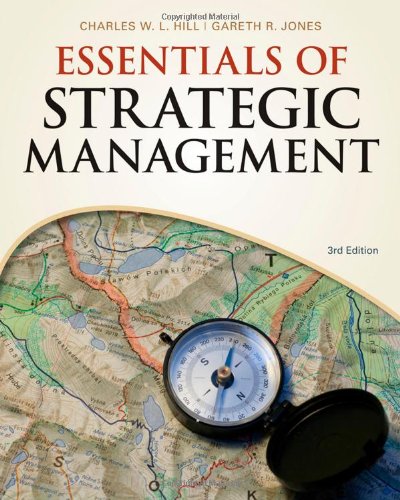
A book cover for Essentials of Strategic Management (Available Titles CourseMate); Charles W. L. Hill; Business & Money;